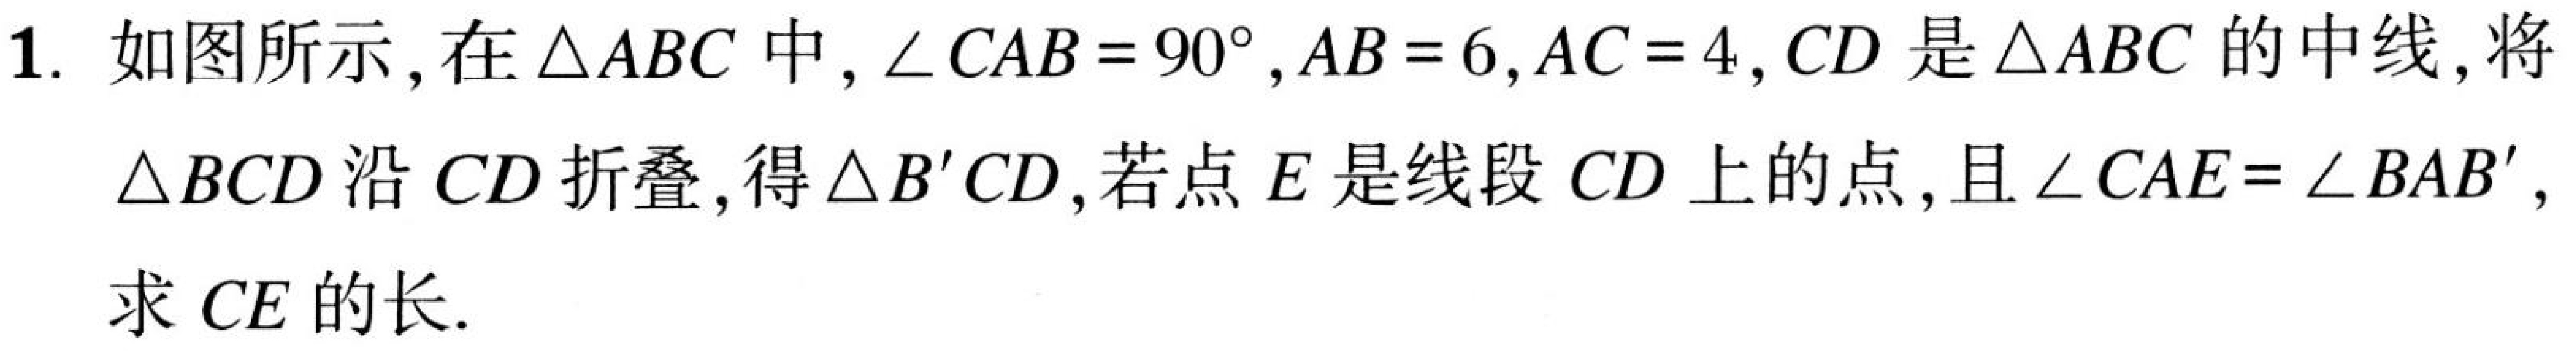
1. 如图所示,在\(\triangle ABC\)中,\(\angle CAB = 90^{\circ}\),\(AB = 6\),\(AC = 4\),\(CD\)是\(\triangle ABC\)的中线,将
\(\triangle BCD\)沿\(CD\)折叠,得\(\triangle B'CD\),若点\(E\)是线段\(CD\)上的点,且\(\angle CAE=\angle BAB'\),
求\(CE\)的长.